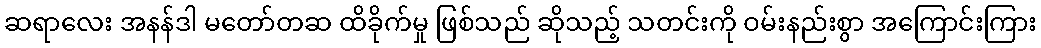
ဆရာလေး အနန်ဒါ မတော်တဆ ထိခိုက်မှု ဖြစ်သည် ဆိုသည့် သတင်းကို ဝမ်းနည်းစွာ အကြောင်းကြား